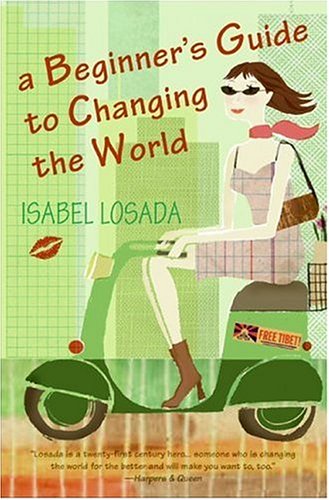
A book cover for A Beginner's Guide to Changing the World; Isabel Losada; Travel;